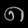
Digit: ၈